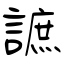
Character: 謶